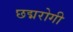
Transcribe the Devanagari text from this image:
छद्मरोगी